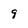
Character: 9